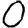
Digit: 0